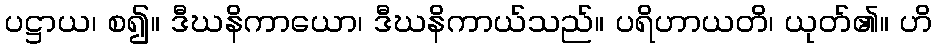
ပဋ္ဌာယ၊ စ၍။ ဒီဃနိကာယော၊ ဒီဃနိကာယ်သည်။ ပရိဟာယတိ၊ ယုတ်၏။ ဟိ